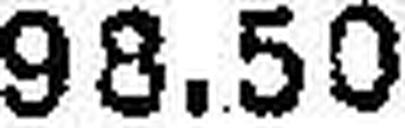
98.50